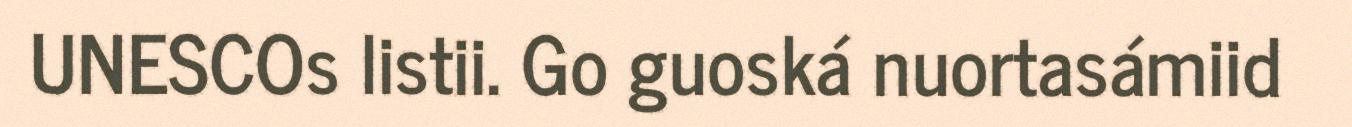
UNESCOs listii. Go guoská nuortasámiid